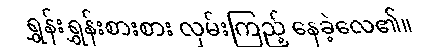
ရွှန်းရွှန်းစားစား လှမ်းကြည့် နေခဲ့လေ၏။